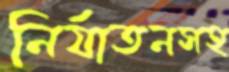
নির্যাতনসহ